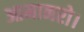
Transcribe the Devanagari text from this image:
आमानरो।